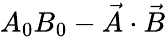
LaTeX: A_{0}B_{0}-{\vec{A}}\cdot{\vec{B}}